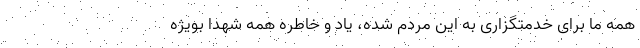
همه ما برای خدمتگزاری به این مردم شده، یاد و خاطره همه شهدا بویژه